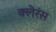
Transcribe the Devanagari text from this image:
क्लेरंस